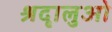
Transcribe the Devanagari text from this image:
श्रदृालुओ